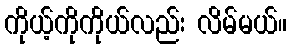
ကိုယ့်ကိုကိုယ်လည်း လိမ်မယ်။